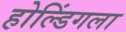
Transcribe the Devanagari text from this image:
होल्डिंगला